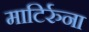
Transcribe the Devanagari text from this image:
माटिर्रुना